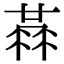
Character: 𠍳